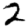
Digit: 2